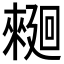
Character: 𰂿